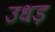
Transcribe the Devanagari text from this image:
उधड़